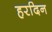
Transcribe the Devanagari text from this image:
हरदिन